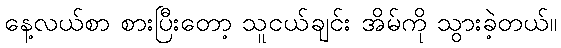
နေ့လယ်စာ စားပြီးတော့ သူငယ်ချင်း အိမ်ကို သွားခဲ့တယ်။